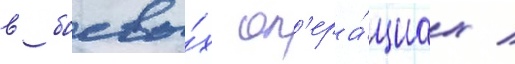
в боевы́х оп'ера́циах /